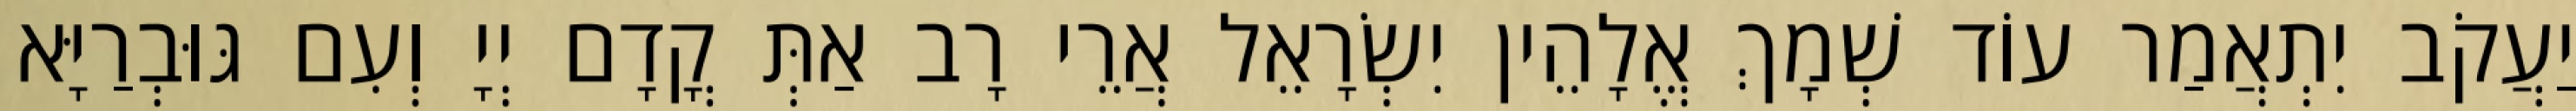
יַעֲקֹב יִתְאֲמַר עוֹד שְׁמָךְ אֱלָהֵין יִשְׂרָאֵל אֲרֵי רָב אַתְּ קֳדָם יְיָ וְעִם גּוּבְרַיָּא